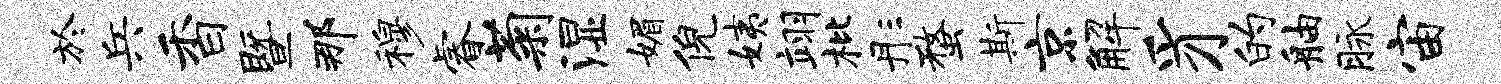
於兵香暨那穆睿菊湿媚倪姨翊枇彤蝥斯京解豸的舳脉宙